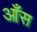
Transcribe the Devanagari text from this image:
आँस